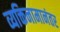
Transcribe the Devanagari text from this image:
व्यक्तिनामानंतर